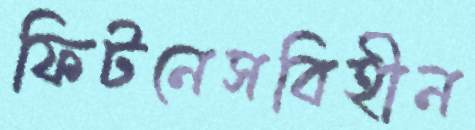
ফিটনেসবিহীন